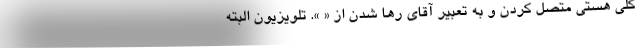
کلی هستی متصل کردن و به تعبیر آقای رها شدن از « ». تلویزیون البته